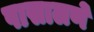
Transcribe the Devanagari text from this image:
पासालणे